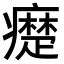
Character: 𤻇